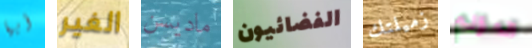
أيها الغير ماديسن الفضائيون زميلتك المؤلم